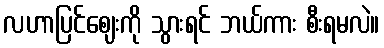
လဟာပြင်ဈေးကို သွားရင် ဘယ်ကား စီးရမလဲ။